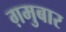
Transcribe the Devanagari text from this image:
ग़मुबार